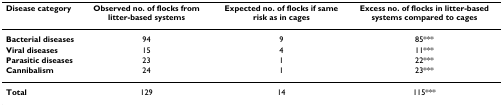
| Disease category | Observed no. of flocks from litter-based systems | Expected no. of flocks if same risk as in cages | Excess no. of flocks in litter-based systems compared to cages |
 | --- | --- | --- | --- |
 | Bacterial diseases | 94 | 9 | 85*** |
 | Viral diseases | 15 | 4 | 11*** |
 | Parasitic diseases | 23 | 1 | 22*** |
 | Cannibalism | 24 | 1 | 23*** |
 | Total | 129 | 14 | 115*** |